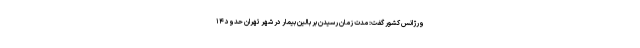
ورژانس کشور گفت: مدت زمان رسیدن بر بالین بیمار در شهر تهران حدود ۱۴